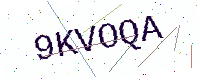
Text: 9KVOQA